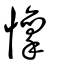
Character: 懍